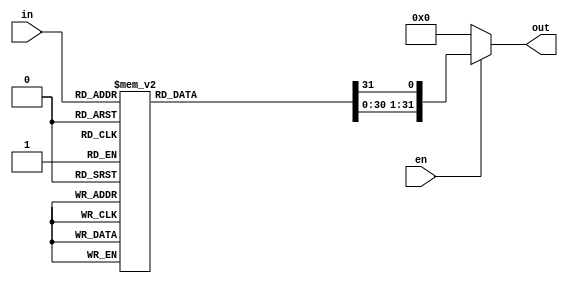
module decoder5232( in,out, en);
input [4:0]  in;
input en;
output [31:0] out;
  reg [31:0] out;
 
 always @( in or en)
	begin
 
      if (en) 
        begin
          out=32'd0;
          case (in)
              5'd00000: out[0]=1'b1;
              5'd00001: out[1]=1'b1;
              5'd00010: out[2]=1'b1;
              5'd00011: out[3]=1'b1;
              5'd00100: out[4]=1'b1;
              5'd00101: out[5]=1'b1;
              5'd00110: out[6]=1'b1;
              5'd00111: out[7]=1'b1;
              5'd01000: out[8]=1'b1;
              5'd01001: out[9]=1'b1;
              5'd01010: out[10]=1'b1;
              5'd01011: out[11]=1'b1;
              5'd01100: out[12]=1'b1;
              5'd01101: out[13]=1'b1;
              5'd01110: out[14]=1'b1;
              5'd01111: out[15]=1'b1;
              5'd10000: out[16]=1'b1;
              5'd10001: out[17]=1'b1;
              5'd10010: out[18]=1'b1;
              5'd10011: out[19]=1'b1;
              5'd10100: out[20]=1'b1;
              5'd10101: out[21]=1'b1;
              5'd10110: out[22]=1'b1;
              5'd10111: out[23]=1'b1;
              5'd11000: out[24]=1'b1;
              5'd11001: out[25]=1'b1;
              5'd11010: out[26]=1'b1;
              5'd11011: out[27]=1'b1;
              5'd11100: out[28]=1'b1;
              5'd11101: out[29]=1'b1;
              5'd11110: out[30]=1'b1;
              5'd11111: out[31]=1'b1;
              default: out=32'd0;
          endcase
      end
else 
out=32'd0;
end
endmodule